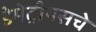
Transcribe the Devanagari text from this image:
डेमेट्रीयसचे